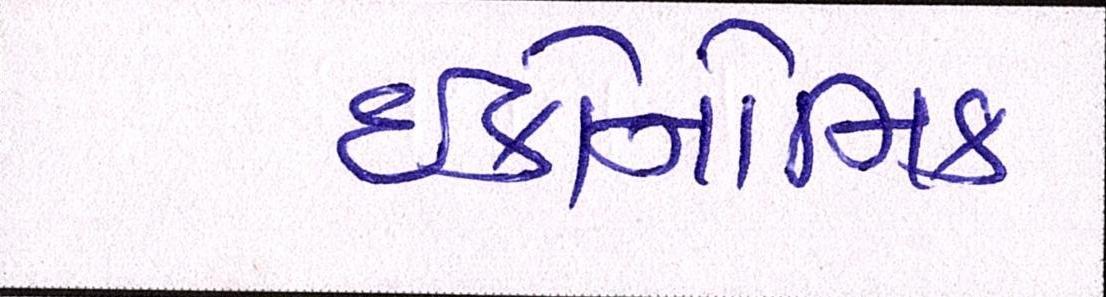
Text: ઈકોનોમિક